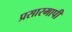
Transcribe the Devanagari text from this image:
प्रसारमापी